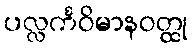
ပလ္လင်္ကဝိမာနဝတ္ထု